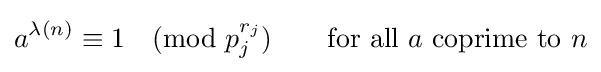
a^{\lambda (n)}\equiv 1{\pmod {p_{j}^{r_{j}}}}\qquad {\text{for all }}a{\text{ coprime to }}n